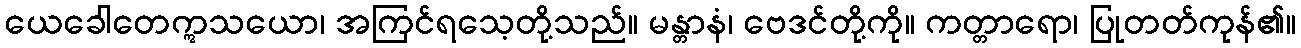
ယေခေါတေဣသယော၊ အကြင်ရသေ့တို့သည်။ မန္တာနံ၊ ဗေဒင်တို့ကို။ ကတ္တာရော၊ ပြုတတ်ကုန်၏။